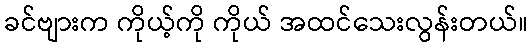
ခင်ဗျားက ကိုယ့်ကို ကိုယ် အထင်သေးလွန်းတယ်။